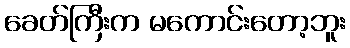
ခေတ်ကြီးက မကောင်းတော့ဘူး